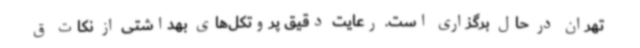
تهران در حال برگزاری است. رعایت دقیق پروتکل‌های بهداشتی از نکات ق